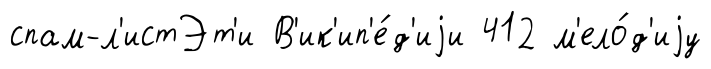
спам-л'истЭт'и В'ик'ип'е́д'иjи 412 м'ело́д'иjу